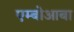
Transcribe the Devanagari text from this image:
एम्बोआबा